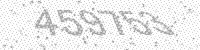
Solution: 459753